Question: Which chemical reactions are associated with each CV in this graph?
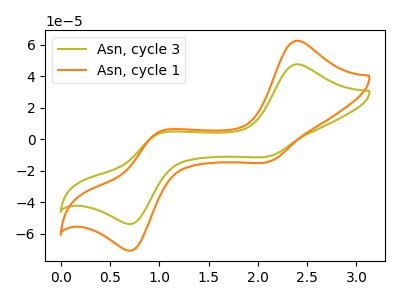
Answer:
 <answer>The olive curve is labeled "Asn, cycle 3". The orange curve is labeled "Asn, cycle 1".</answer>
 <eval></eval>